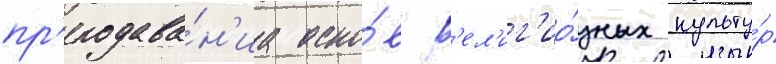
пр'еподава́н'иа осно́в р'ел'иг'ио́зных культу́р